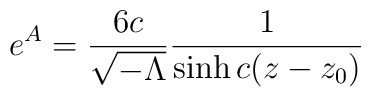
e^{A} = \frac{6c}{{\sqrt {- \Lambda}}}\frac{1}{\sinh c(z - z_{0})}